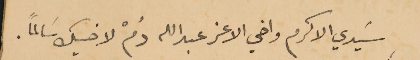
سَيدي الاكرم واخي الاعز عبدالله دُمْ لاخيك سَالماً